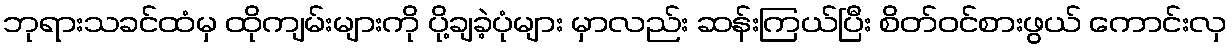
ဘုရားသခင်ထံမှ ထိုကျမ်းများကို ပို့ချခဲ့ပုံများ မှာလည်း ဆန်းကြယ်ပြီး စိတ်ဝင်စားဖွယ် ကောင်းလှ